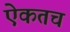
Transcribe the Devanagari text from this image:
ऐकतच